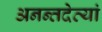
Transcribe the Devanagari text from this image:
अनन्तदेव्यां